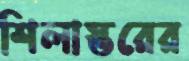
শিলাস্তরের